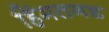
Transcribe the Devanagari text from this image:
हिंमतगड